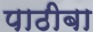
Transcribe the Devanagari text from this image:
पाठीबा